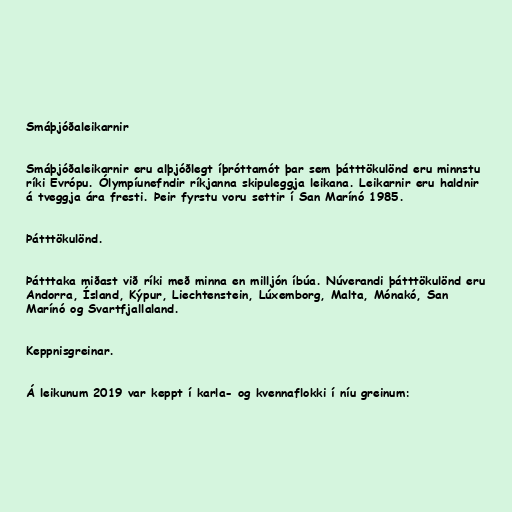
Smáþjóðaleikarnir

Smáþjóðaleikarnir eru alþjóðlegt íþróttamót þar sem þátttökulönd eru minnstu
ríki Evrópu. Ólympíunefndir ríkjanna skipuleggja leikana. Leikarnir eru haldnir
á tveggja ára fresti. Þeir fyrstu voru settir í San Marínó 1985.

Þátttökulönd.

Þátttaka miðast við ríki með minna en milljón íbúa. Núverandi þátttökulönd eru
Andorra, Ísland, Kýpur, Liechtenstein, Lúxemborg, Malta, Mónakó, San
Marínó og Svartfjallaland.

Keppnisgreinar.

Á leikunum 2019 var keppt í karla- og kvennaflokki í níu greinum: